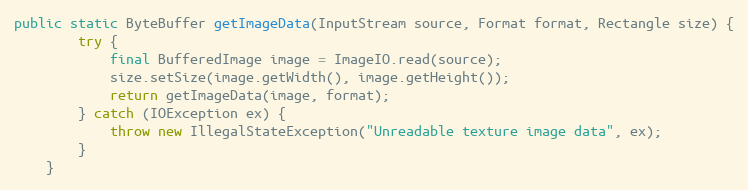
Language: Java
public static ByteBuffer getImageData(InputStream source, Format format, Rectangle size) {
        try {
            final BufferedImage image = ImageIO.read(source);
            size.setSize(image.getWidth(), image.getHeight());
            return getImageData(image, format);
        } catch (IOException ex) {
            throw new IllegalStateException("Unreadable texture image data", ex);
        }
    }